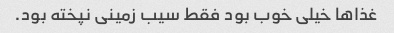
غذا‌ها خیلی خوب بود فقط سیب زمینی نپخته بود.